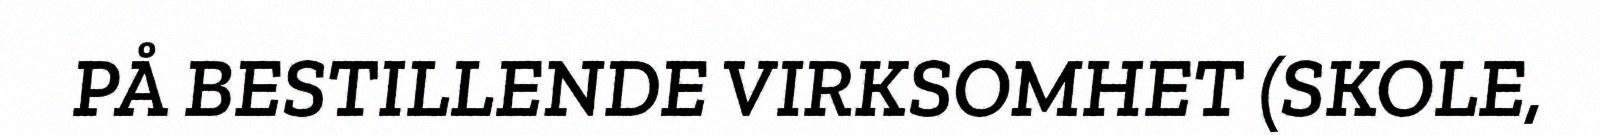
PÅ BESTILLENDE VIRKSOMHET (SKOLE,